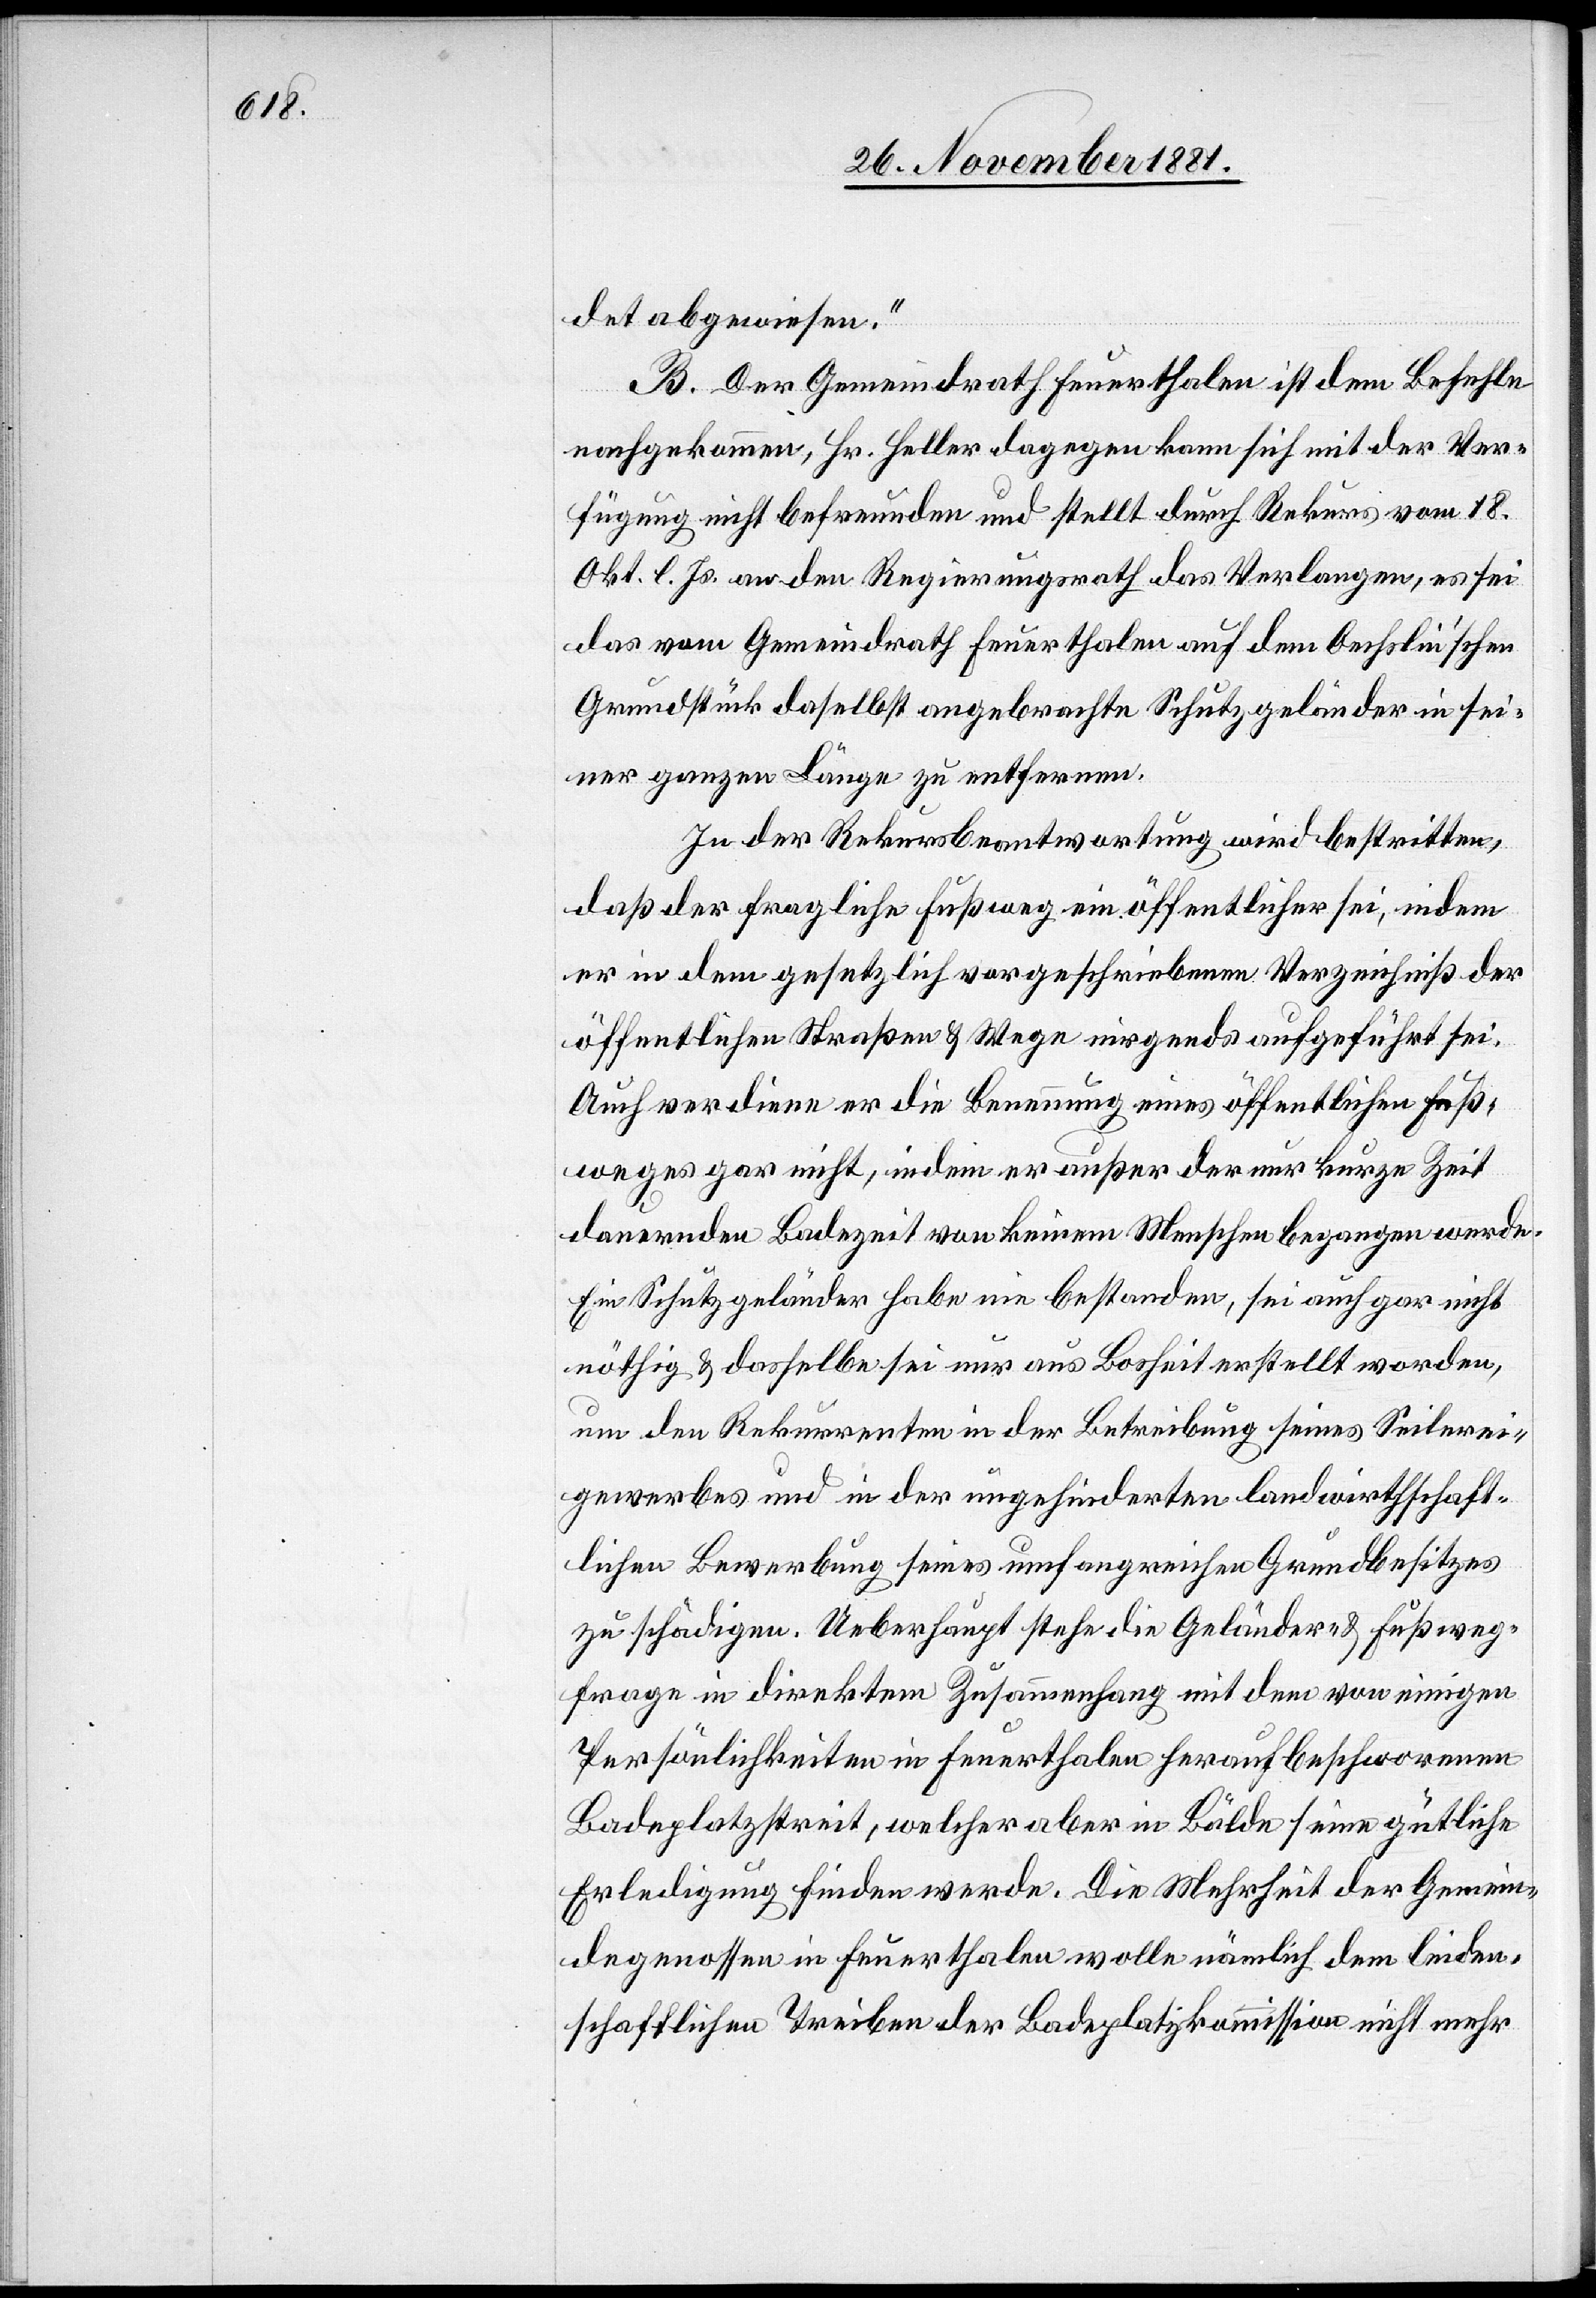
det abgewiesen.“
B. Der Gemeindrath Feuerthalen ist dem Befehle
nachgekommen, Hr. Heller dagegen kann sich mit der Ver¬
fügung nicht befreunden und stellt durch Rekurs vom 18.
Okt. l. Js. an den Regierungsrath das Verlangen, es sei
das vom Gemeindrath Feuerthalen auf dem Oechslin’schen
Grundstück daselbst angebrachte Schutzgeländer in sei¬
ner ganzen Länge zu entfernen.
In der Rekursbeantwortung wird bestritten,
daß der fragliche Fußweg ein öffentlicher sei, indem
er in dem gesetzlich vorgeschriebenen Verzeichniß der
öffentlichen Straßen & Wege nirgends aufgeführt sei.
Auch verdiene er die Benennung eines öffentlichen Fuß¬
weges gar nicht, indem er außer der nur kurze Zeit
dauernden Badezeit von keinem Menschen begangen werde.
Ein Schutzgeländer habe nie bestanden, sei auch gar nicht
nöthig & dasselbe sei nur aus Bosheit erstellt worden,
um den Rekurrenten in der Betreibung seines Seilerei¬
gewerbes und in der ungehinderten landwirthschaft¬
lichen Bewerbung seines umfangreichen Grundbesitzes
zu schädigen. Ueberhaupt stehe die Geländer- & Fußweg¬
frage in direktem Zusammenhang mit dem von einigen
Persönlichkeiten in Feuerthalen heraufbeschworenen
Badeplatzstreit, welcher aber in Bälde seine güthliche
Erledigung finden werde. Die Mehrheit der Gemein¬
degenossen in Feuerthalen wolle nämlich dem leiden¬
schaftlichen Treiben der Badeplatzkommission nicht mehr